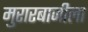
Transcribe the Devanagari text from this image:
मुरारबाजीला